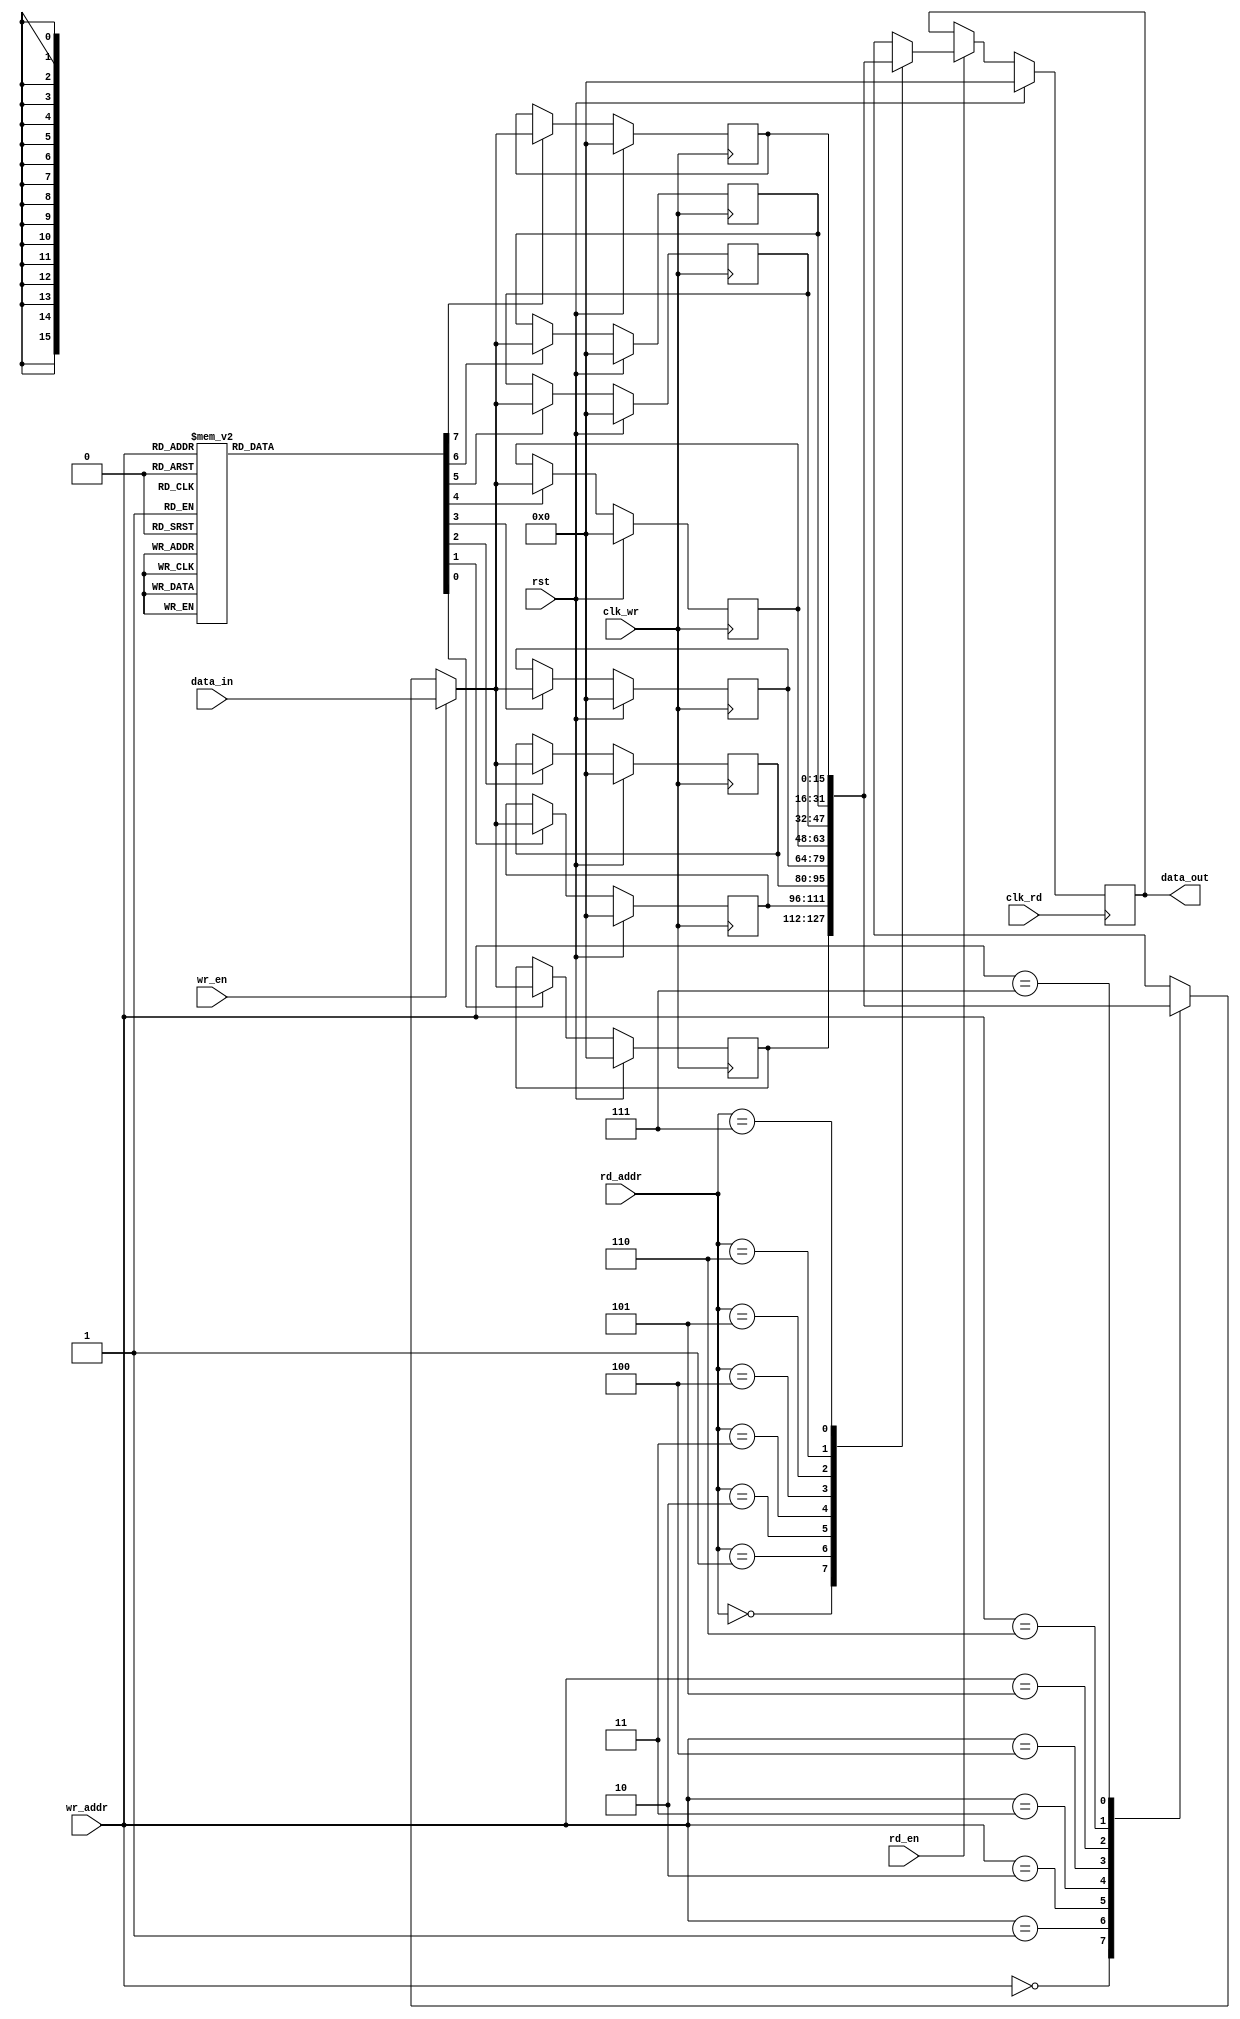
module async_dualport_ram #(parameter width = 16, depth = 8, addr_size = 3)(
    input [width-1:0]data_in, 
    input clk_wr, clk_rd, rst, wr_en,rd_en,
    input [addr_size-1:0]wr_addr, rd_addr,
    output reg [width-1:0] data_out
);
    
reg [width-1:0] ram [depth-1:0]; 
reg [width-1:0] temp_wr, data_out1;

reg [depth-1:0] out_demux;


integer i;

///// READ OPERATION:


always @(*) begin
    if(rd_en) begin
        data_out1 = ram[rd_addr];
    end
    else begin
        data_out1=data_out;
    end
end

//

always @(posedge clk_rd) begin
    if(rst)begin
        data_out<='b0;
    end
    else data_out<= data_out1;
end

///// WRITE OPERATION:

always @(*) begin
    if (wr_en) begin
        temp_wr= data_in;
    end
    else begin
        temp_wr = ram[wr_addr];
    end
end


always @(posedge clk_wr) begin
    for (i =0 ;i<depth ;i=i+1 ) begin
        if (rst) begin
            ram[i]<='b0;
        end
        else if (out_demux[i]) begin
            ram[i]<=temp_wr;
        end
        else ram[i]<=ram[i];
    end
end


always @(*) begin
    case (wr_addr)
       3'b000 :out_demux= 8'b00000001;
       3'b001 :out_demux= 8'b00000010;
       3'b010 :out_demux= 8'b00000100;
       3'b011 :out_demux= 8'b00001000;
       3'b100 :out_demux= 8'b00010000;
       3'b101 :out_demux= 8'b00100000;
       3'b110 :out_demux= 8'b01000000;
       3'b111 :out_demux= 8'b10000000;
       
       default: out_demux= 8'bzzzzzzzz;
    endcase
end

endmodule